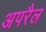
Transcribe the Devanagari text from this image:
अपरैल